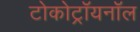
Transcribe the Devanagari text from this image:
टोकोट्रॉयनॉल